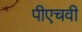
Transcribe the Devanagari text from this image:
पीएचवी